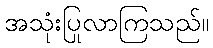
အသုံးပြုလာကြသည်။